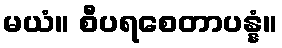
မယံ။ စီပရစေတာပန္နံ။